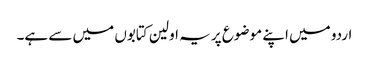
اردو میں اپنے موضوع پر یہ اولین کتابوں میں سے ہے۔